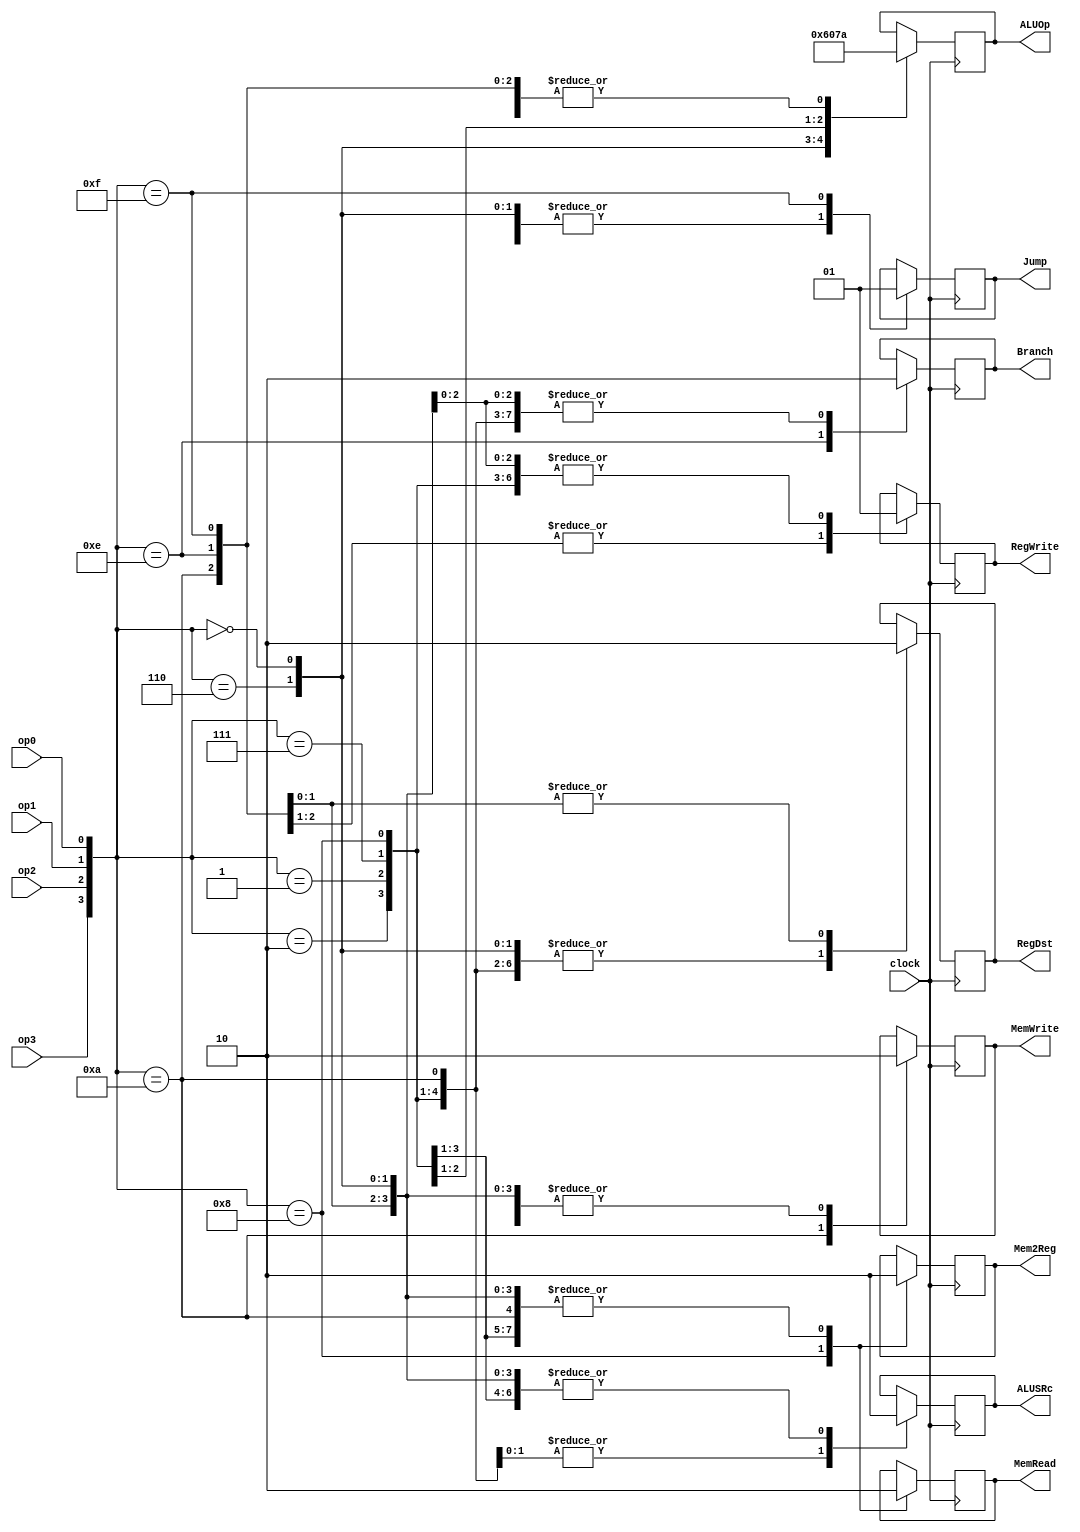
module Controller_Unit(RegDst,Jump,Branch,MemRead,Mem2Reg,ALUOp,MemWrite,ALUSRc,RegWrite,op0,op1,op2,op3,clock);
	input op0,op1,op2,op3;
	input clock;
	output RegDst,Jump,Branch,MemRead,Mem2Reg,MemWrite,ALUSRc,RegWrite;
	output [2:0] ALUOp;
	
	reg tRegDst,tJump,tBranch,tMemRead,tMem2Reg,tMemWrite,tALUSRc,tRegWrite;
	reg [2:0] tALUOp;
	
	always @(posedge clock)
	begin
		case({op3,op2,op1,op0})
			//ADD
			4'b0010: begin
					 tRegDst=1'b1;
					 tJump = 1'b0;
					 tBranch = 1'b0;
					 tMemRead=1'b0;
					 tMem2Reg=1'b0;
					 tMemWrite=1'b0;
					 tALUSRc=1'b0;
					 tRegWrite=1'b1;
					 tALUOp=3'b010;
					 end
			//SUB
			4'b0110: begin
					 tRegDst=1'b1;
					 tJump = 1'b0;
					 tBranch = 1'b0;
					 tMemRead=1'b0;
					 tMem2Reg=1'b0;
					 tMemWrite=1'b0;
					 tALUSRc=1'b0;
					 tRegWrite=1'b1;
					 tALUOp=3'b110;
					 end
			//AND
			4'b0000: begin
					 tRegDst=1'b1;
					 tJump = 1'b0;
					 tBranch = 1'b0;
					 tMemRead=1'b0;
					 tMem2Reg=1'b0;
					 tMemWrite=1'b0;
					 tALUSRc=1'b0;
					 tRegWrite=1'b1;
					 tALUOp=3'b000;
					 end
			//OR
			4'b0001: begin
					 tRegDst=1'b1;
					 tJump = 1'b0;
					 tBranch = 1'b0;
					 tMemRead=1'b0;
					 tMem2Reg=1'b0;
					 tMemWrite=1'b0;
					 tALUSRc=1'b0;
					 tRegWrite=1'b1;
					 tALUOp=3'b001;
					 end
			//slt
			4'b0111: begin
					 tRegDst=1'b1;
					 tJump = 1'b0;
					 tBranch = 1'b0;
					 tMemRead=1'b0;
					 tMem2Reg=1'b0;
					 tMemWrite=1'b0;
					 tALUSRc=1'b0;
					 tRegWrite=1'b1;
					 tALUOp=3'b111;
					 end
			//lw
			4'b1000: begin
					 tRegDst=1'b1;
					 tJump = 1'b0;
					 tBranch = 1'b0;
					 tMemRead=1'b1;
					 tMem2Reg=1'b1;
					 tMemWrite=1'b0;
					 tALUSRc=1'b1;
					 tRegWrite=1'b1;
					 tALUOp=3'b010;
					 end
			//sw
			4'b1010: begin
					 tRegDst=1'b1;
					 tJump = 1'b0;
					 tBranch = 1'b0;
					 tMemRead=1'b0;
					 tMem2Reg=1'b0;
					 tMemWrite=1'b1;
					 tALUSRc=1'b1;
					 tRegWrite=1'b0;
					 tALUOp=3'b010;
					 end
			//BNE
			4'b1110: begin
					 tRegDst=1'b0;
					 tJump = 1'b0;
					 tBranch = 1'b1;
					 tMemRead=1'b0;
					 tMem2Reg=1'b0;
					 tMemWrite=1'b0;
					 tALUSRc=1'b0;
					 tRegWrite=1'b0;
					 tALUOp=3'b010;
					 end
			//JMP
			4'b1111: begin
					 tRegDst=1'b0;
					 tJump = 1'b1;
					 tBranch = 1'b0;
					 tMemRead=1'b0;
					 tMem2Reg=1'b0;
					 tMemWrite=1'b0;
					 tALUSRc=1'b0;
					 tRegWrite=1'b1;
					 tALUOp=3'b010;
					 end
		endcase
	end
		assign RegDst=tRegDst;
		assign Jump=tJump;
		assign Branch=tBranch;
		assign MemRead=tMemRead;
		assign Mem2Reg=tMem2Reg;
		assign MemWrite=tMemWrite;
		assign ALUSRc=tALUSRc;
		assign RegWrite=tRegWrite;
		assign ALUOp=tALUOp;
endmodule 

module Test_Controller;
	wire RegDst,Jump,Branch,MemRead,Mem2Reg,MemWrite,ALUSRc,RegWrite;
	wire [2:0] ALUOp;
	reg op0,op1,op2,op3,clock;
	
	initial
		clock=1'b0;
		
	always
		#5 clock=~clock;
		
	initial
		#1000 $finish;
		
	Controller_Unit c1(RegDst,Jump,Branch,MemRead,Mem2Reg,ALUOp,MemWrite,ALUSRc,RegWrite,op0,op1,op2,op3,clock);
	initial
	begin
		$display("--ADD Operation--");
		#5 op3=0;op2=0;op1=1;op0=0;
		$display("op3=%d, op2=%d, op1=%d op0=%d",op3,op2,op1,op0);
		#15 $display("RegDst=%d, Jump=%d, Branch=%d, MemRead=%d, Mem2Reg=%d, ALUOp[2]=%d ALUOp[1]=%d ALUOp[0]=%d, MemWrite=%d, ALUSRc=%d, RegWrite=%d.\n",RegDst,Jump,Branch,MemRead,Mem2Reg,ALUOp[2],ALUOp[1],ALUOp[0],MemWrite,ALUSRc,RegWrite);
	
		$display("--SUB Operation--");
		#5 op3=0;op2=1;op1=1;op0=0;
		$display("op3=%d, op2=%d, op1=%d op0=%d",op3,op2,op1,op0);
		#15 $display("RegDst=%d, Jump=%d, Branch=%d, MemRead=%d, Mem2Reg=%d, ALUOp[2]=%d ALUOp[1]=%d ALUOp[0]=%d, MemWrite=%d, ALUSRc=%d, RegWrite=%d.\n",RegDst,Jump,Branch,MemRead,Mem2Reg,ALUOp[2],ALUOp[1],ALUOp[0],MemWrite,ALUSRc,RegWrite);
	
		$display("--AND Operation--");
		#5 op3=0;op2=0;op1=0;op0=0;
		$display("op3=%d, op2=%d, op1=%d op0=%d",op3,op2,op1,op0);
		#15 $display("RegDst=%d, Jump=%d, Branch=%d, MemRead=%d, Mem2Reg=%d, ALUOp[2]=%d ALUOp[1]=%d ALUOp[0]=%d, MemWrite=%d, ALUSRc=%d, RegWrite=%d.\n",RegDst,Jump,Branch,MemRead,Mem2Reg,ALUOp[2],ALUOp[1],ALUOp[0],MemWrite,ALUSRc,RegWrite);
	
		$display("--OR Operation--");
		#5 op3=0;op2=0;op1=0;op0=1;
		$display("op3=%d, op2=%d, op1=%d op0=%d",op3,op2,op1,op0);
		#15 $display("RegDst=%d, Jump=%d, Branch=%d, MemRead=%d, Mem2Reg=%d, ALUOp[2]=%d ALUOp[1]=%d ALUOp[0]=%d, MemWrite=%d, ALUSRc=%d, RegWrite=%d.\n",RegDst,Jump,Branch,MemRead,Mem2Reg,ALUOp[2],ALUOp[1],ALUOp[0],MemWrite,ALUSRc,RegWrite);
	
		$display("--SLT Operation--");
		#5 op3=0;op2=1;op1=1;op0=1;
		$display("op3=%d, op2=%d, op1=%d op0=%d",op3,op2,op1,op0);
		#15 $display("RegDst=%d, Jump=%d, Branch=%d, MemRead=%d, Mem2Reg=%d, ALUOp[2]=%d ALUOp[1]=%d ALUOp[0]=%d, MemWrite=%d, ALUSRc=%d, RegWrite=%d.\n",RegDst,Jump,Branch,MemRead,Mem2Reg,ALUOp[2],ALUOp[1],ALUOp[0],MemWrite,ALUSRc,RegWrite);
	
		$display("--LW Operation--");
		#5 op3=1;op2=0;op1=0;op0=0;
		$display("op3=%d, op2=%d, op1=%d op0=%d",op3,op2,op1,op0);
		#15 $display("RegDst=%d, Jump=%d, Branch=%d, MemRead=%d, Mem2Reg=%d, ALUOp[2]=%d ALUOp[1]=%d ALUOp[0]=%d, MemWrite=%d, ALUSRc=%d, RegWrite=%d.\n",RegDst,Jump,Branch,MemRead,Mem2Reg,ALUOp[2],ALUOp[1],ALUOp[0],MemWrite,ALUSRc,RegWrite);
	
		$display("--SW Operation--");
		#5 op3=1;op2=0;op1=1;op0=0;
		$display("op3=%d, op2=%d, op1=%d op0=%d",op3,op2,op1,op0);
		#15 $display("RegDst=%d, Jump=%d, Branch=%d, MemRead=%d, Mem2Reg=%d, ALUOp[2]=%d ALUOp[1]=%d ALUOp[0]=%d, MemWrite=%d, ALUSRc=%d, RegWrite=%d.\n",RegDst,Jump,Branch,MemRead,Mem2Reg,ALUOp[2],ALUOp[1],ALUOp[0],MemWrite,ALUSRc,RegWrite);
	
		$display("--BNE Operation--");
		#5 op3=1;op2=1;op1=1;op0=0;
		$display("op3=%d, op2=%d, op1=%d op0=%d",op3,op2,op1,op0);
		#15 $display("RegDst=%d, Jump=%d, Branch=%d, MemRead=%d, Mem2Reg=%d, ALUOp[2]=%d ALUOp[1]=%d ALUOp[0]=%d, MemWrite=%d, ALUSRc=%d, RegWrite=%d.\n",RegDst,Jump,Branch,MemRead,Mem2Reg,ALUOp[2],ALUOp[1],ALUOp[0],MemWrite,ALUSRc,RegWrite);
	
		$display("--JMP Operation--");
		#5 op3=1;op2=1;op1=1;op0=1;
		$display("op3=%d, op2=%d, op1=%d op0=%d",op3,op2,op1,op0);
		#15 $display("RegDst=%d, Jump=%d, Branch=%d, MemRead=%d, Mem2Reg=%d, ALUOp[2]=%d ALUOp[1]=%d ALUOp[0]=%d, MemWrite=%d, ALUSRc=%d, RegWrite=%d.\n",RegDst,Jump,Branch,MemRead,Mem2Reg,ALUOp[2],ALUOp[1],ALUOp[0],MemWrite,ALUSRc,RegWrite);
	
		
	end
	
endmodule